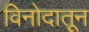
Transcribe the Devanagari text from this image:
विनोदातून